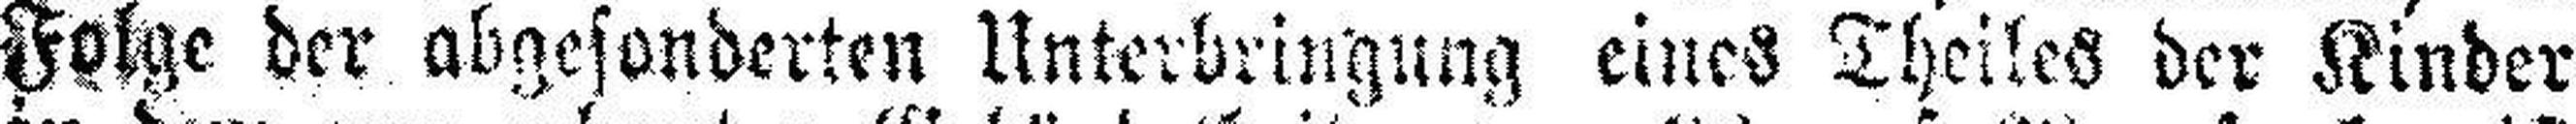
Folge der abgesonderten Unterbringung eines Theiles der Kinder